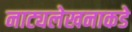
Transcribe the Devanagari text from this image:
नाट्यलेखनाकडे